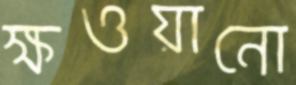
ক্ষওয়ানো